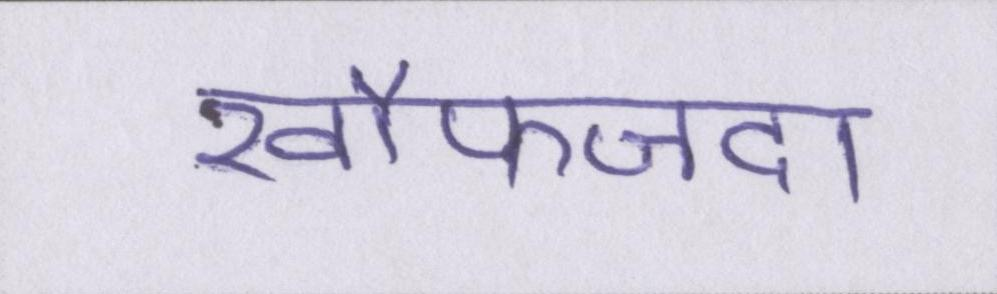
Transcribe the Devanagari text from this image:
खौफजदा